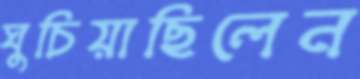
ঘুচিয়াছিলেন